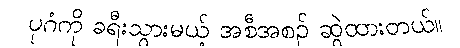
ပုဂံကို ခရီးသွားမယ့် အစီအစဉ် ဆွဲထားတယ်။